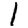
Digit: 1